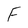
Character: F